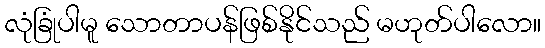
လုံခြုံပါမူ သောတာပန်ဖြစ်နိုင်သည် မဟုတ်ပါလော။